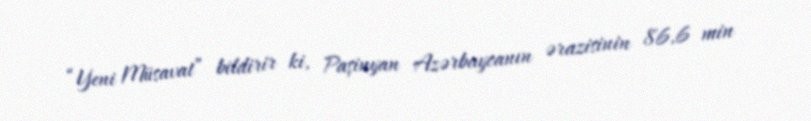
“Yeni Müsavat” bildirir ki, Paşinyan Azərbaycanın ərazisinin 86,6 min